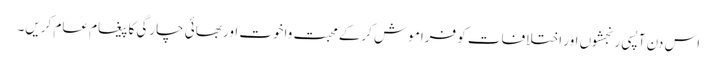
اس دن آپسی رنجشوں اور اختلافات کو فراموش کرکے محبت واخوت اور بھائی چارگی کا پیغام عام کریں۔